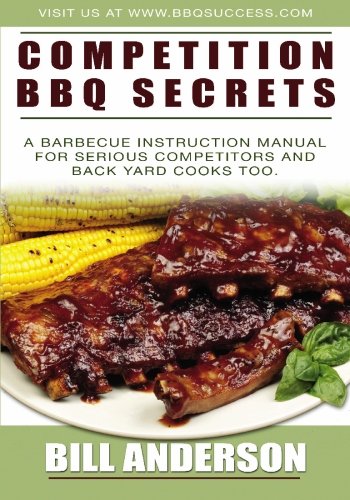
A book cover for Competition BBQ Secrets: A Barbecue Instruction Manual for Serious Competitors and Back Yard Cooks Too; Bill Anderson; Cookbooks, Food & Wine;